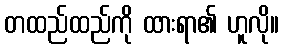
တထည်ထည်ကို ထားရာ၏ ဟူလို။